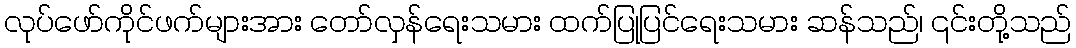
လုပ်ဖော်ကိုင်ဖက်များအား တော်လှန်ရေးသမား ထက်ပြုပြင်ရေးသမား ဆန်သည်၊ ၎င်းတို့သည်